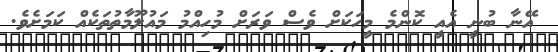
އޭނާ ބުނީ އެއީ ކޮންމެ މީހަކަށް ވެސް ވަރަށް މުހިއްމު މައުލޫމާތުތަކެއް ކަމަށެވެ.